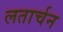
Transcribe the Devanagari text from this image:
लतार्चन